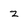
Character: z